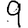
Digit: 9